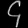
Digit: ၄